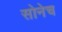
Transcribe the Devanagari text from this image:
सोनेच